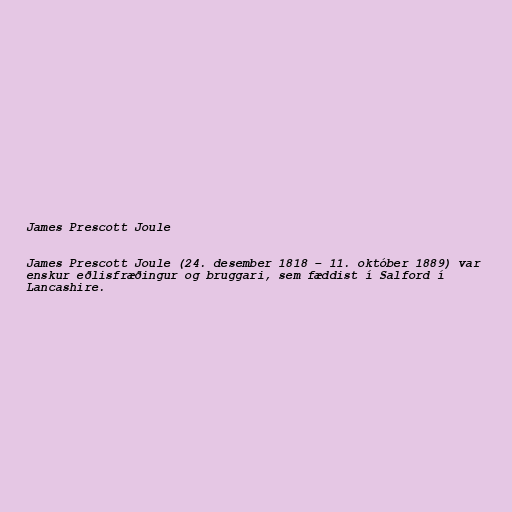
James Prescott Joule

James Prescott Joule (24. desember 1818 – 11. október 1889) var
enskur eðlisfræðingur og bruggari, sem fæddist í Salford í
Lancashire.